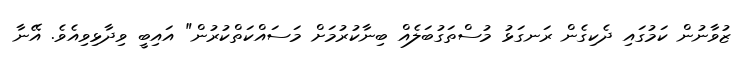
ޒުވާނުން ކަމުގައި ދެކިގެން ރަނގަޅު މުސްތަގުބަލެއް ބިނާކުރުމަށް މަސައްކަތްކުރުން" އައިބީ ވިދާޅިވިއެވެ. އޭނާ